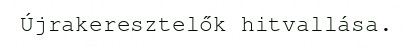
Újrakeresztelők hitvallása.